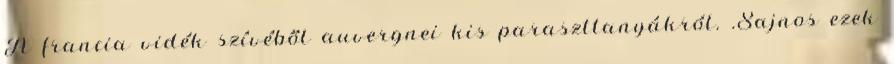
A francia vidék szívéből auvergnei kis paraszttanyákról. .Sajnos ezek